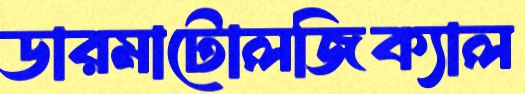
ডারমাটোলজিক্যাল